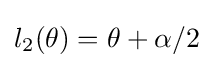
l_{2}(\theta )=\theta +\alpha /2